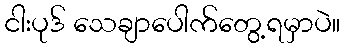
ငါးပုဒ် သေချာပေါက်တွေ့ရမှာပဲ။